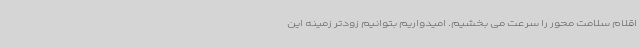
اقلام سلامت محور را سرعت می بخشیم. امیدواریم بتوانیم زودتر زمینه این